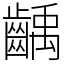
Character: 齲